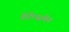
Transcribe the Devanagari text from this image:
बेर्टेल्समेन